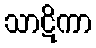
သာဋိကာ